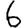
Digit: 6